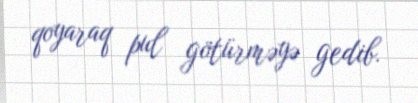
qoyaraq pul götürməyə gedib.